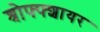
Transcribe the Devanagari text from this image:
श्रोफ्फ्शायर